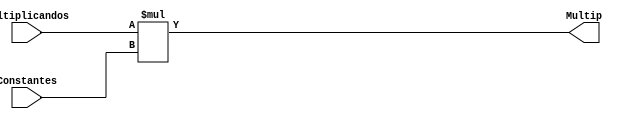
`timescale 1ns / 1ps
//////////////////////////////////////////////////////////////////////////////////
// Company: 
// 
// Design Name: 
// Module Name:    Multiplicador 
// Project Name: 
// Target Devices: 
// Tool versions: 
// Description: 
//
// Dependencies: 
//
// Revision: 
// Revision 0.01 - File Created
// Additional Comments: 
//
//////////////////////////////////////////////////////////////////////////////////
module Multiplicador #(parameter N = 25 /* Valor de N*/)(
	input wire [N-1:0] Multiplicandos,
	input wire [N-1:0] Constantes,
	output reg [2*N-1:0] Multip
    );
	 
always@*
begin
Multip = (Multiplicandos*Constantes);
end

endmodule